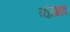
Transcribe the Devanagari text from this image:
व्यंगभाव